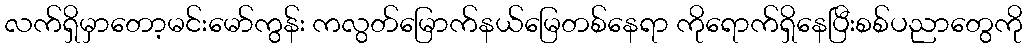
လက်ရှိမှာတော့မင်းမော်ကွန်း ကလွတ်မြောက်နယ်မြေတစ်နေရာ ကိုရောက်ရှိနေပြီးစစ်ပညာတွေကို